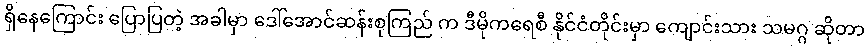
ရှိနေကြောင်း ပြောပြတဲ့ အခါမှာ ဒေါ်အောင်ဆန်းစုကြည် က ဒီမိုကရေစီ နိုင်ငံတိုင်းမှာ ကျောင်းသား သမဂ္ဂ ဆိုတာ